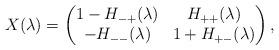
LaTeX: \begin{align*}X(\lambda)=\begin{pmatrix}1-H_{-+}(\lambda) & H_{++}(\lambda) \\-H_{--}(\lambda) & 1 + H_{+-}(\lambda)\end{pmatrix},\end{align*}